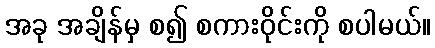
အခု အချိန်မှ စ၍ စကားဝိုင်းကို စပါမယ်။